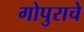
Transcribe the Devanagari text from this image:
गोपुराचे